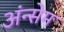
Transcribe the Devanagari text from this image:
अंन्सेम